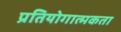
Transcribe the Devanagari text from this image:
प्रतियोगात्मकता